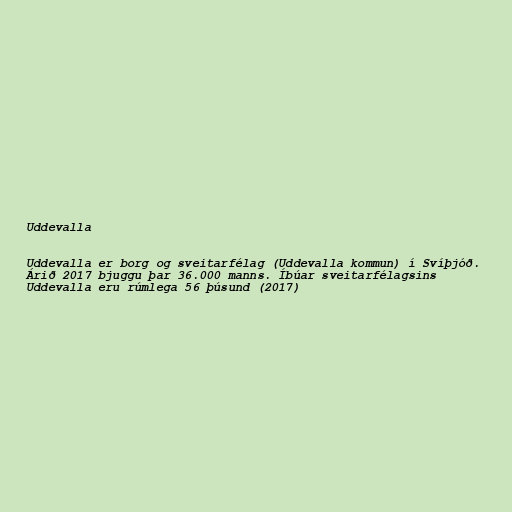
Uddevalla

Uddevalla er borg og sveitarfélag (Uddevalla kommun) í Svíþjóð.
Árið 2017 bjuggu þar 36.000 manns. Íbúar sveitarfélagsins
Uddevalla eru rúmlega 56 þúsund (2017)